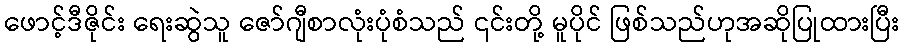
ဖောင့်ဒီဇိုင်း ရေးဆွဲသူ ဇော်ဂျီစာလုံးပုံစံသည် ၎င်းတို့ မူပိုင် ဖြစ်သည်ဟုအဆိုပြုထားပြီး